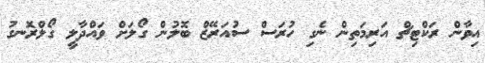
އިވާން ރަކްޓިޗް އަރިމަތިން ނެގި ހުރަސް ސުއަރޭޒް ބޮލުން ގޯލަށް ވައްދާލީ ގޯލްރޮނގު